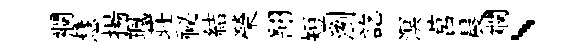
襴慧揚珮荘祕結榮翻短瀏訖溟莒晨斕、